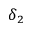
\delta _ { 2 }